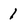
Character: 1